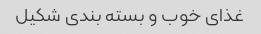
غذای خوب و بسته بندی شکیل